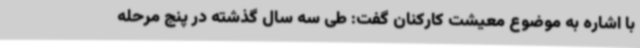
با اشاره به موضوع معیشت کارکنان گفت: طی سه سال گذشته در پنج مرحله